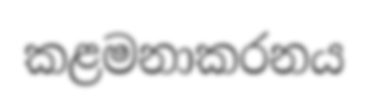
කළමනාකරනය